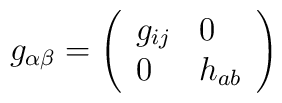
g_{\alpha \beta }=\left(\begin{array}{ll}g_{ij} & 0 \\0 & h_{ab}\end{array}\right)